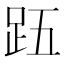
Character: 𮛉